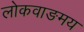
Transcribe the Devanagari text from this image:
लोकवाङमय